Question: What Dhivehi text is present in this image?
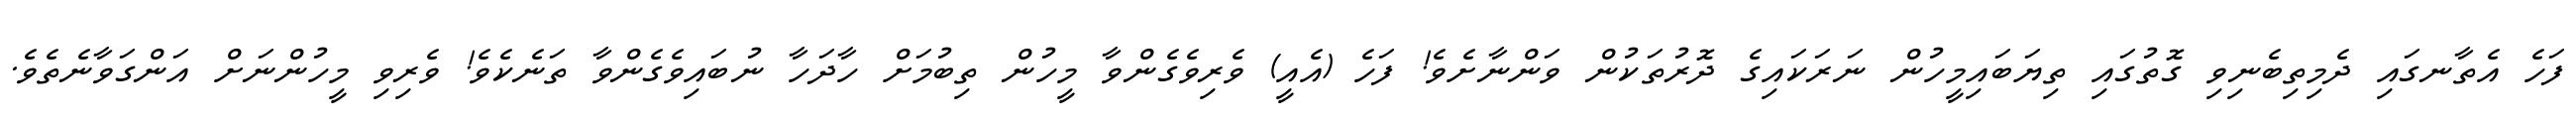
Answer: ފަހެ އެތާނގައި ދެމިތިބެނިވި ގޮތުގައި ތިޔަބައިމީހުން ނަރަކައިގެ ދޮރުތަކުން ވަންނާށެވެ! ފަހެ (އެއީ) ވެރިވެގެންވާ މީހުން ތިބުމަށް ހާދަހާ ނުބައިވެގެންވާ ތަނެކެވެ! ވެރިވި މީހުންނަށް އަންގަވާނެތެވެ.